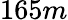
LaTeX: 165m